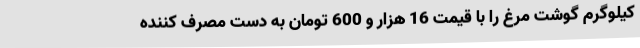
کیلوگرم گوشت مرغ را با قیمت 16 هزار و 600 تومان به دست مصرف کننده